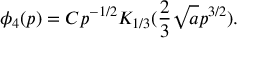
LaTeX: \phi _ { 4 } ( p ) = C p ^ { - 1 / 2 } K _ { 1 / 3 } ( \frac 2 3 \sqrt a p ^ { 3 / 2 } ) .